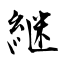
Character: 継